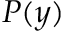
P ( y )